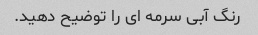
رنگ آبی سرمه ای را توضیح دهید.